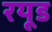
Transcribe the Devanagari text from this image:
रयूड